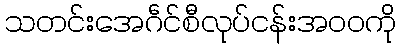
သတင်းအေဂဵင်စီလုပ်ငန်းအဝဝကို